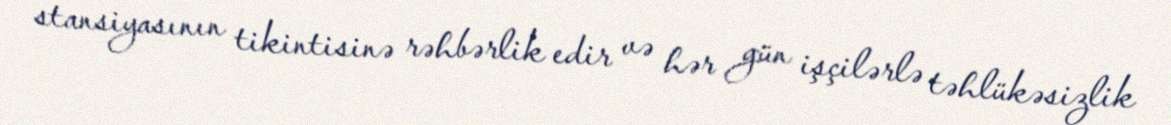
stansiyasının tikintisinə rəhbərlik edir və hər gün işçilərlə təhlükəsizlik